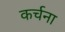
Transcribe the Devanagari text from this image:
कर्चना